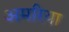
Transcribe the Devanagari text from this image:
अमरिया